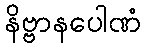
နိဗ္ဗာနပေါဏံ